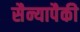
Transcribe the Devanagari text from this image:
सैन्यापैकी